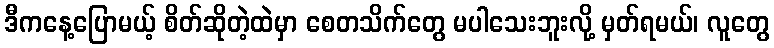
ဒီကနေ့ပြောမယ့် စိတ်ဆိုတဲ့ထဲမှာ စေတသိက်တွေ မပါသေးဘူးလို့ မှတ်ရမယ်၊ လူတွေ